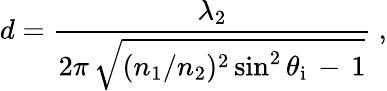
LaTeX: d={\frac{\lambda_{2}}{2\pi\, {\sqrt{(n_{1}/n_{2})^{2}\sin^{2}\theta_{\mathrm{i}}\, -\, 1}}}}~,